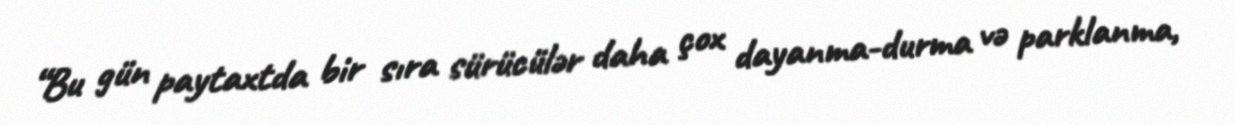
“Bu gün paytaxtda bir sıra sürücülər daha çox dayanma-durma və parklanma,